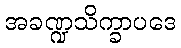
အခဏ္ဍသိက္ခာပဒေ